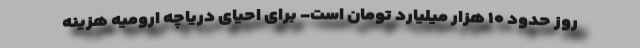
روز حدود ۱۰ هزار میلیارد تومان است- برای احیای دریاچه ارومیه هزینه